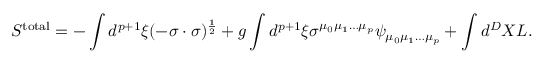
S ^ { \mathrm { t o t a l } } = - \int d ^ { p + 1 } \xi ( - \sigma \cdot \sigma ) ^ { \frac { 1 } { 2 } } + g \int d ^ { p + 1 } \xi \sigma ^ { \mu _ { 0 } \mu _ { 1 } \ldots \mu _ { p } } \psi _ { \mu _ { 0 } \mu _ { 1 } \ldots \mu _ { p } } + \int d ^ { D } X { \cal L } .